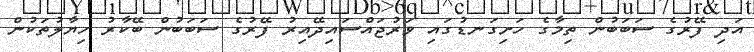
އަދި ފޭރުގެ ސަބަބުން ތިމާގެ ހަށިގަނޑުގައި ވަރުޖައްސައިދޭއިރު ފޭރުގެ ސަބަބުން ބޭކާރު ހިޔާލުތަކުން